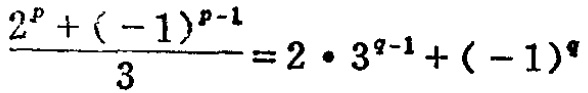
\frac{2^{p}+(-1)^{p - 1}}{3}=2\cdot3^{q - 1}+(-1)^{q}